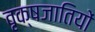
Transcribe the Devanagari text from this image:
वृक्षजातियों